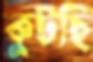
কুটছি